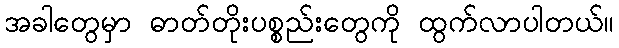
အခါတွေမှာ ဓာတ်တိုးပစ္စည်းတွေကို ထွက်လာပါတယ်။